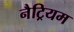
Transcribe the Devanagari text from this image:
नैट्रियम